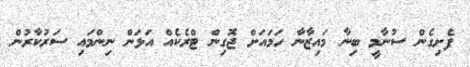
ފެށިގެން ސުނާމީ ބިނާ މައިޒާނާ ހަމައަށް ޖޮގިން ޓްރެކެއް އަޅަން ނިންމައި ސަރުކާރުން